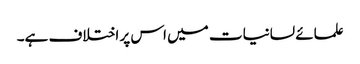
علمائے لسانیات میں اس پر اختلاف ہے۔